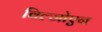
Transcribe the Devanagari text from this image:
विल्जोएन